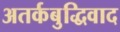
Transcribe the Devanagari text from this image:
अतर्कबुद्धिवाद